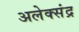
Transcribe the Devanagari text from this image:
अलेक्संद्र